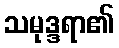
သမုဒ္ဒရာ၏